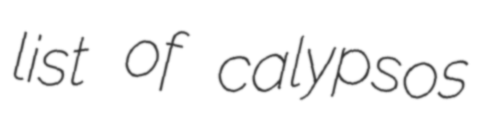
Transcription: list of calypsos